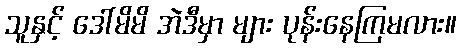
သူနှင့် ဒေါ်မိမိ အဲဒီမှာ များ ပုန်းနေကြမလား။